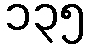
၁၃၅